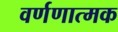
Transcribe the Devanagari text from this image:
वर्णणात्मक